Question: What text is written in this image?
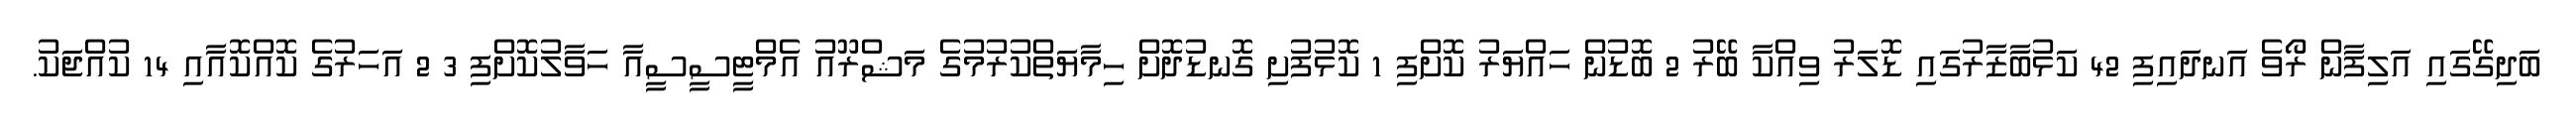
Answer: ބަދިގޭގައި އަލިފާން ރޯވެ އަނދައިފި 42 ކަޅުބާޒާރުގައި ޑޮލަރު ވިއްކާ ބޭރު 2 ބޮޑުން ހައްޔަރު ކޮށްފި 1 ކޮޅުފުށި ގޮނޑުދޮށް ހިމާޔަތްކުރުމުގެ މަޝްރޫއު އެމްޓީސީސީއާ ހަވާލުކޮށްފި 3 2 އަހަރުގެ ކޮއްކޮއާއި 14 ކުއްޖަކު.